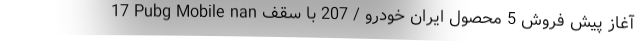
17 Pubg Mobile nan آغاز پیش فروش 5 محصول ایران خودرو / 207 با سقف